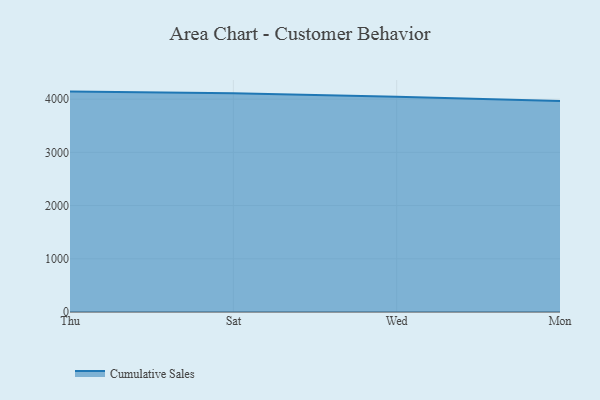
{"axis": {"x": "Day", "y": "Website Visitors"}, "legend": ["Cumulative Sales"], "data": [{"x": "Thu", "y": 4141.5, "type": "Cumulative Sales"}, {"x": "Sat", "y": 4112.6, "type": "Cumulative Sales"}, {"x": "Wed", "y": 4046.1, "type": "Cumulative Sales"}, {"x": "Mon", "y": 3965.9, "type": "Cumulative Sales"}]}